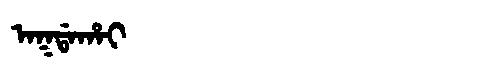
Manchu: ᠠᡴᡩᠠᡥᠠᡳ
Romanization: AKDAHAI